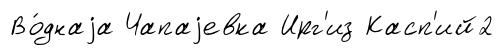
Во́днаjа Чапаjевка Ирг'из Касп'ий2